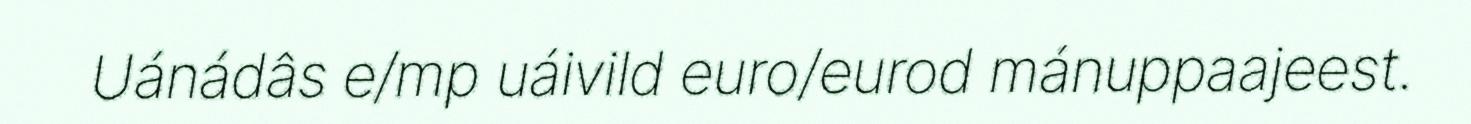
Uánádâs e/mp uáivild euro/eurod mánuppaajeest.